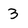
Character: 3